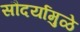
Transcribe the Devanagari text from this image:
सौदर्यामुळे